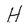
Character: H